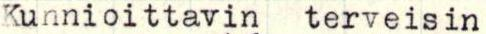
Kunnioittavin terveisin